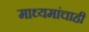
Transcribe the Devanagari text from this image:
माध्यमांचाही